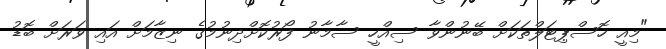
"މިއީ ހޮސްޕިޓަލްތަކަށް ބޭނުންވާ ސިއްހީ ސާމާނު ފޯރުކޮށްދިނުމުގެ ނިޒާމަށް އައި ވަރަށް ބޮޑު